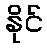
နိုင်